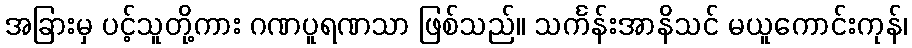
အခြားမှ ပင့်သူတို့ကား ဂဏပူရဏသာ ဖြစ်သည်။ သင်္ကန်းအာနိသင် မယူကောင်းကုန်၊